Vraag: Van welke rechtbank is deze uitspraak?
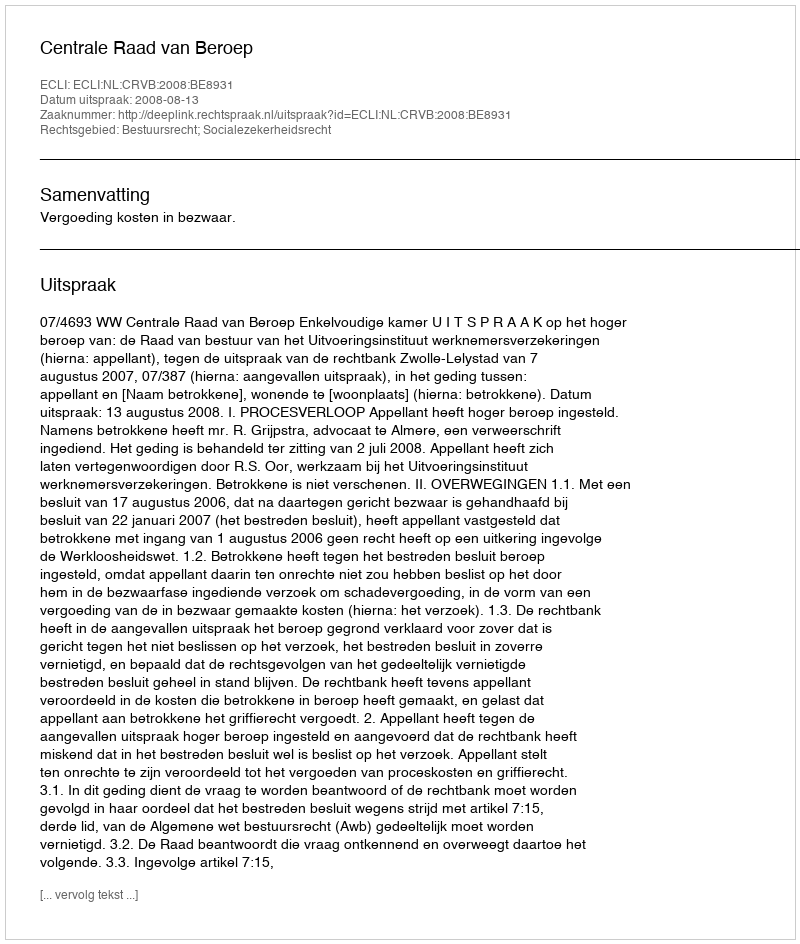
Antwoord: Centrale Raad van Beroep